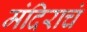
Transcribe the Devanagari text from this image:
मंदिराचं